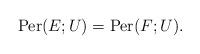
LaTeX: \begin{align*}{\rm Per}(E;U)={\rm Per}(F;U). \end{align*}